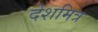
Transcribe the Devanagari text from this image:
देशमित्र